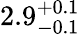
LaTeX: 2.9_{-0.1}^{+0.1}